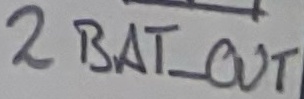
Text: 2BAT_OUT